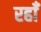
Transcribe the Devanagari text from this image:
रहाँ